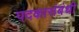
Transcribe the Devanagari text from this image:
पदकासंबंधी